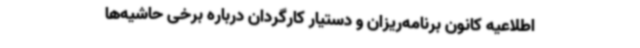
اطلاعیه کانون برنامه‌ریزان و دستیار کارگردان درباره برخی حاشیه‌ها